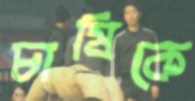
চাষিকে